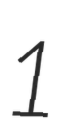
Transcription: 1